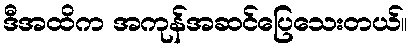
ဒီအထိက အကုန်အဆင်ပြေသေးတယ်။